Subject: cs
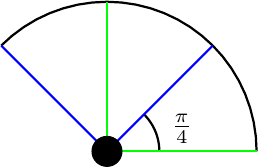
LaTeX code:
			\begin{tikzpicture}[scale=1.9]
				\draw[thick,domain = 0:135] plot({cos(\x)},{sin(\x)});
				\draw[thick,domain =0:45] plot ({0.35*cos(\x)},{0.35*sin(\x)});
				\node[] at (0.5,0.15) {$\frac{\pi}{4}$};
				\draw[thick,green] (0,1)--(0,0)--(1,0);
				\draw[thick,blue] (0.707,0.707)--(0,0)--(-0.707,0.707);
				\filldraw[black] (0,0) circle (0.1);
			\end{tikzpicture}